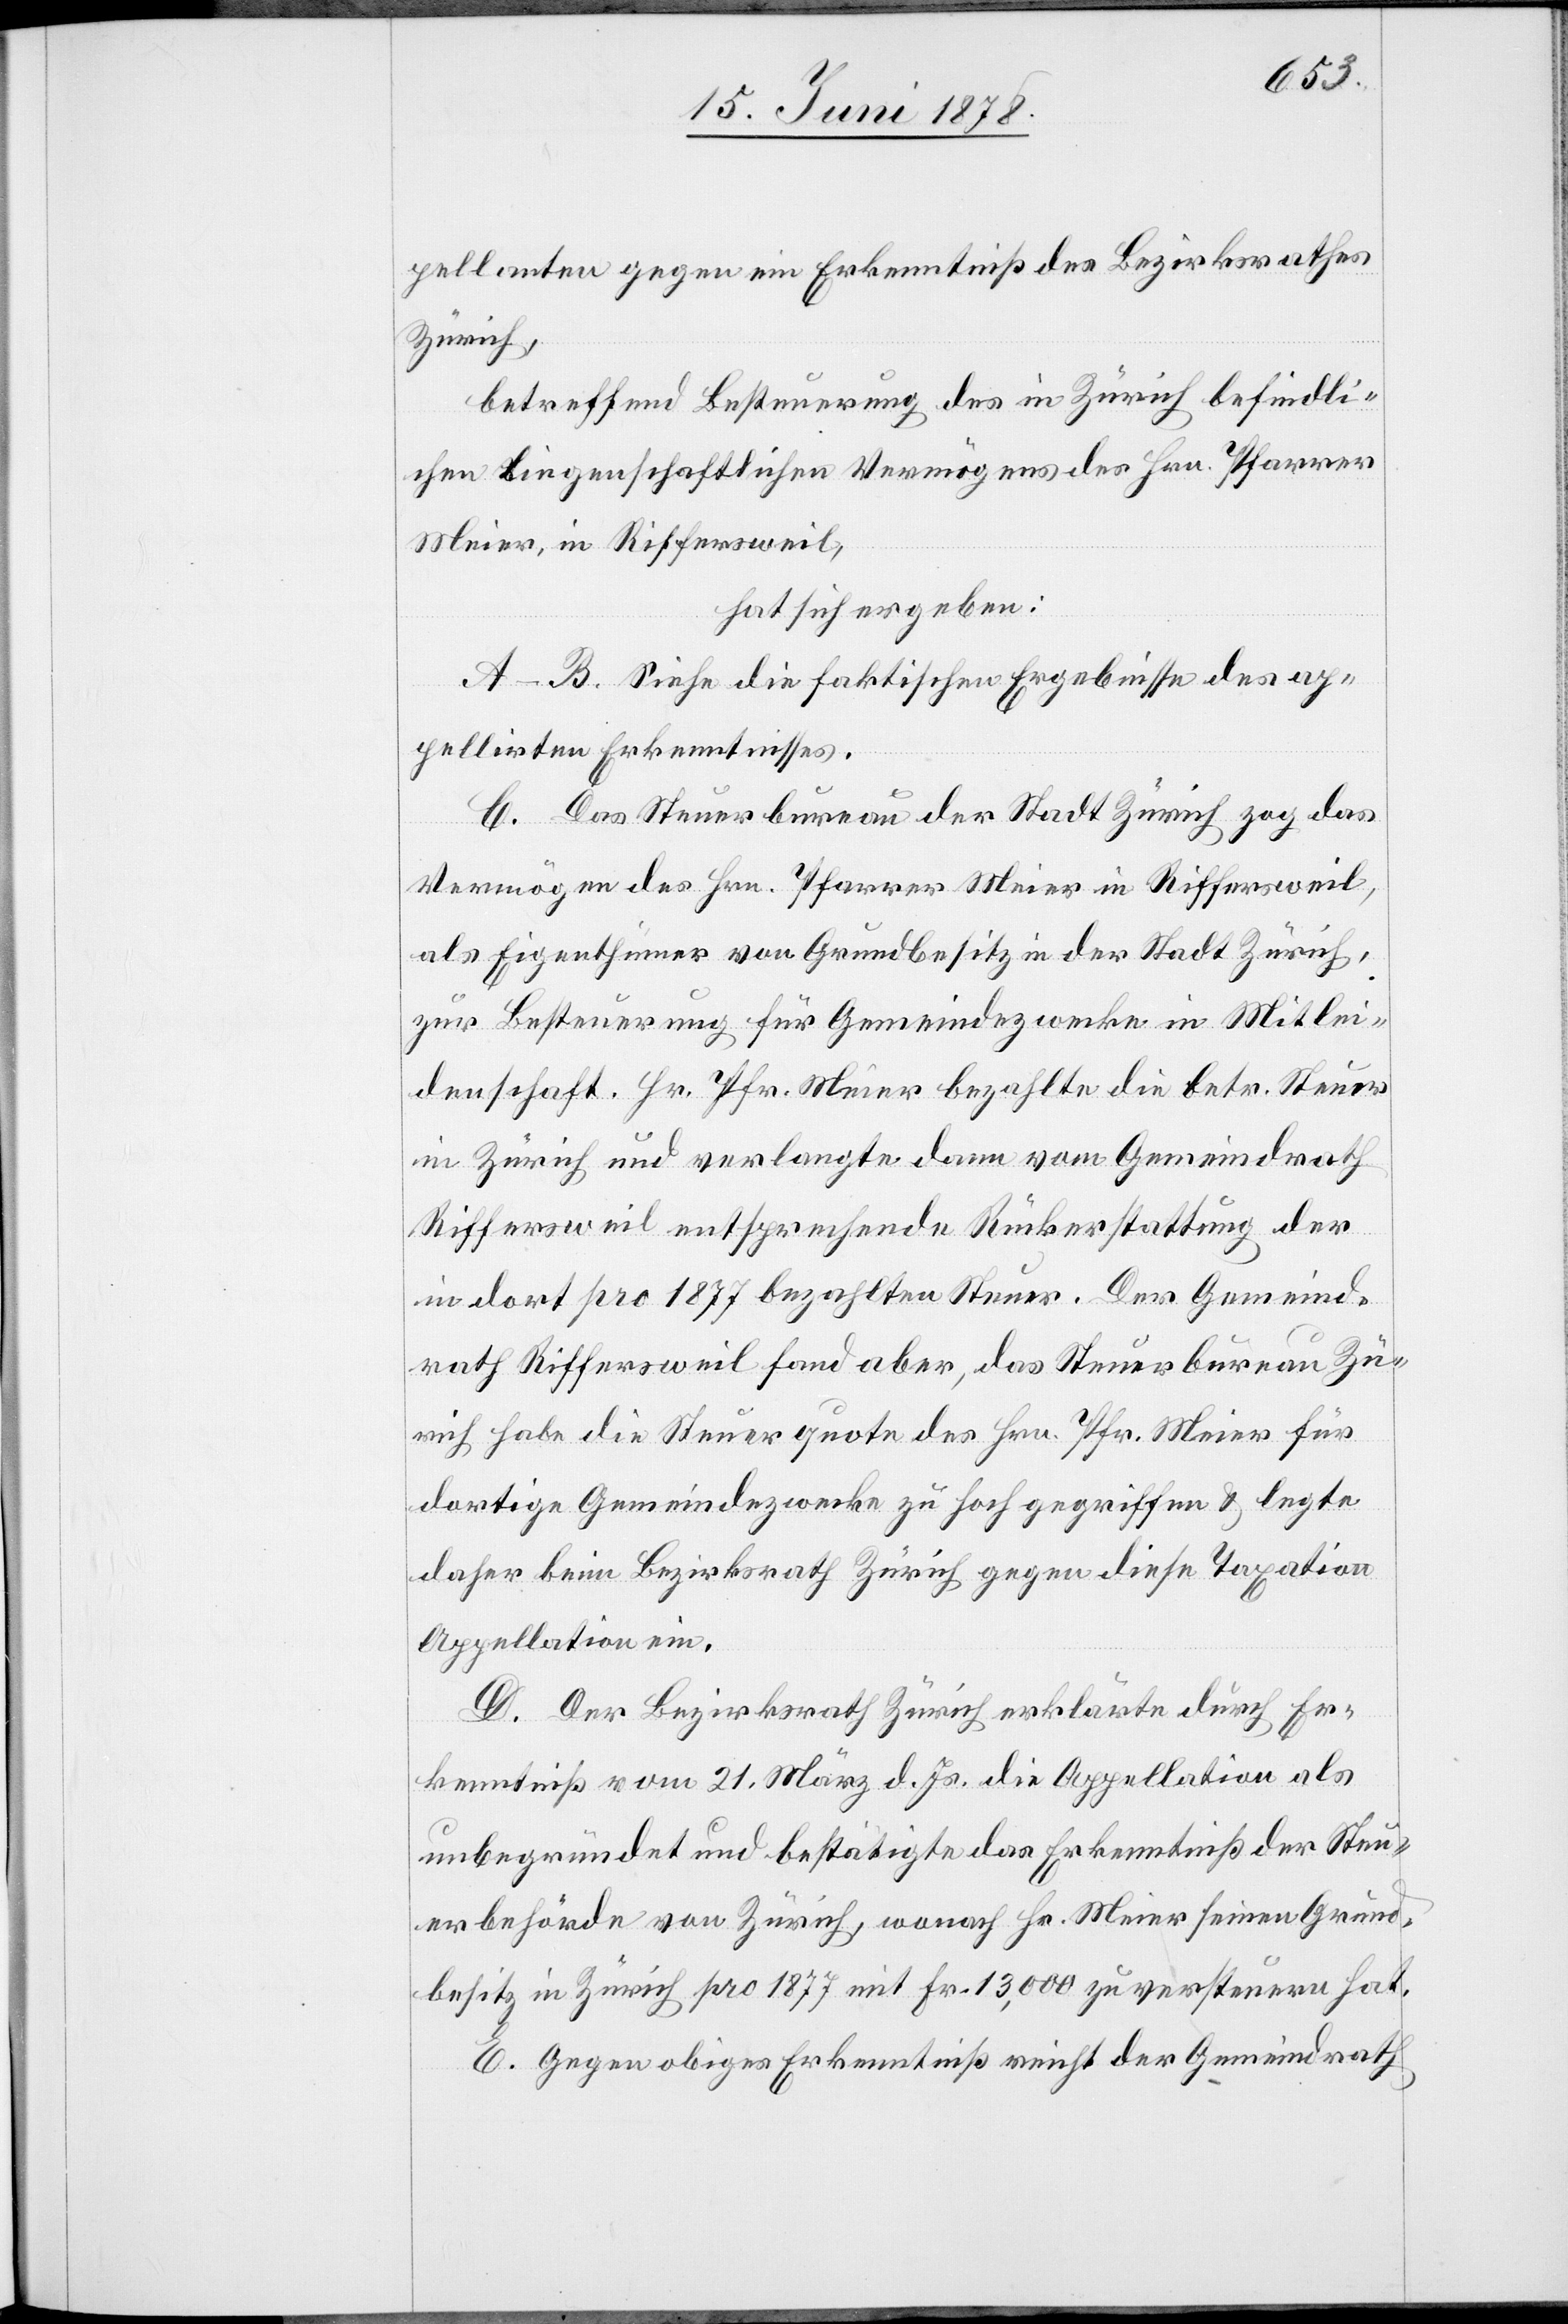
pellanten gegen ein Erkenntniß des Bezirksrathes
Zürich,
betreffend Besteuerung des in Zürich befindli¬
chen liegenschaftlichen Vermögens des Hrn. Pfarrer
Meier, in Riffersweil,
hat sich ergeben:
A–B. Siehe die faktischen Ergebnisse des ap¬
pellirten Erkenntnisses.
C. Das Steuerbureau der Stadt Zürich zog das
Vermögen des Hrn. Pfarrer Meier in Riffersweil,
als Eigenthümer von Grundbesitz in der Stadt Zürich,
zur Besteuerung für Gemeindezwecke in Mitlei¬
denschaft. Hr. Pfr. Meier bezahlte die betr. Steuer
in Zürich und verlangte dann vom Gemeindrath
Riffersweil entsprechende Rückerstattung der
in dort pro 1877 bezahlten Steuer. Der Gemeind¬
rath Riffersweil fand aber, das Steuerbureau Zü¬
rich habe die Steuerquote des Hrn. Pfr. Meier für
dortige Gemeindezwecke zu hoch gegriffen & legte
daher beim Bezirksrath Zürich gegen diese Taxation
Appellation ein.
D. Der Bezirksrath Zürich erklärte durch Er¬
kenntniß vom 21. März d. Js. die Appellation als
unbegründet und bestätigte das Erkenntniß der Steu¬
erbehörde von Zürich, wonach Hr. Meier seinen Grund¬
besitz in Zürich pro 1877 mit Fr. 13,000 zu versteuern hat.
E. Gegen obiges Erkenntniß reicht der Gemeindrath